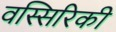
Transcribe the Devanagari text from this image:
वस्सिरिकी